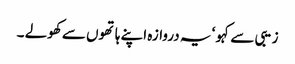
زیبی سے کہو ‘ یہ دروازہ اپنے ہاتھوں سے کھولے ۔